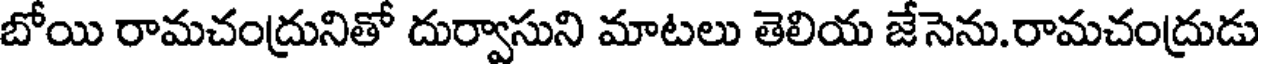
బోయి రామచంద్రునితో దుర్వాసుని మాటలు తెలియ జేసెను.రామచంద్రుడు